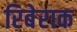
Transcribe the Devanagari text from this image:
रिबेराक